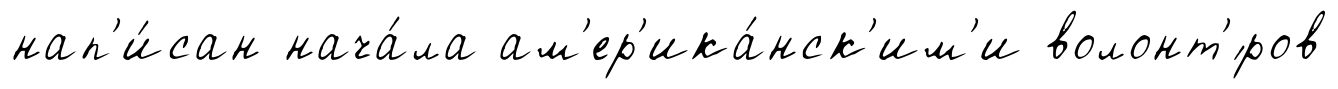
нап'и́сан нача́ла ам'ер'ика́нск'им'и волонт'́ров